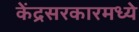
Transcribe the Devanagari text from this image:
केंद्रसरकारमध्ये